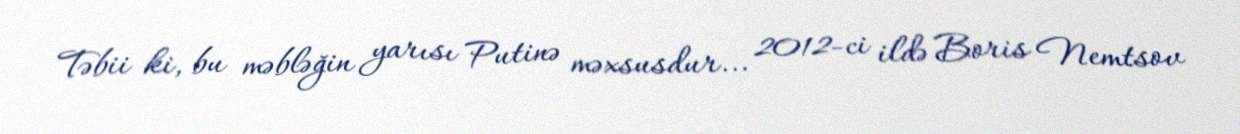
Təbii ki, bu məbləğin yarısı Putinə məxsusdur... 2012-ci ildə Boris Nemtsov